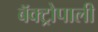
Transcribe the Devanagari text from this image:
बॅक्ट्रोपाली